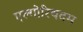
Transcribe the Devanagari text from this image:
एल्गोरिथदम